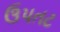
ઉપતટ